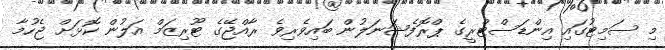
މި ސަމިޓުގައި އިންޑަސްޓްރީގެ ޕްރޮފެޝަނަލުން ބައިވެރިވެ ރާއްޖޭގެ ޓޫރިޒަމް އަލުން ކޮޅަށް ޖެހުމާ